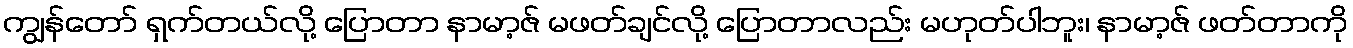
ကျွန်တော် ရှက်တယ်လို့ ပြောတာ နာမာ့ဇ် မဖတ်ချင်လို့ ပြောတာလည်း မဟုတ်ပါဘူး၊ နာမာ့ဇ် ဖတ်တာကို